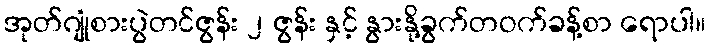
အုတ်ဂျုံစားပွဲတင်ဇွန်း ၂ ဇွန်း နှင့် နွားနို့ခွက်တဝက်ခန့်စာ ရောပါ။